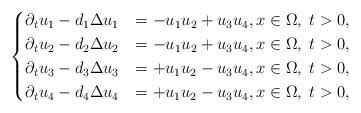
LaTeX: \begin{align*}\begin{cases}\partial_t u_1 - d_1\Delta u_1 &= -u_1u_2 + u_3u_4, x\in\Omega, \; t>0,\\\partial_t u_2 - d_2\Delta u_2 &= -u_1u_2 + u_3u_4, x\in\Omega, \; t>0,\\\partial_t u_3 - d_3\Delta u_3 &= +u_1u_2 - u_3u_4, x\in\Omega, \; t>0,\\\partial_t u_4 - d_4\Delta u_4 &= +u_1u_2 - u_3u_4, x\in\Omega, \; t>0,\\\end{cases}\end{align*}